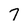
Character: 7